Civil Veterinary Department. Madras. Admin. report 1926-33 - 1926-1933
Year: 1926
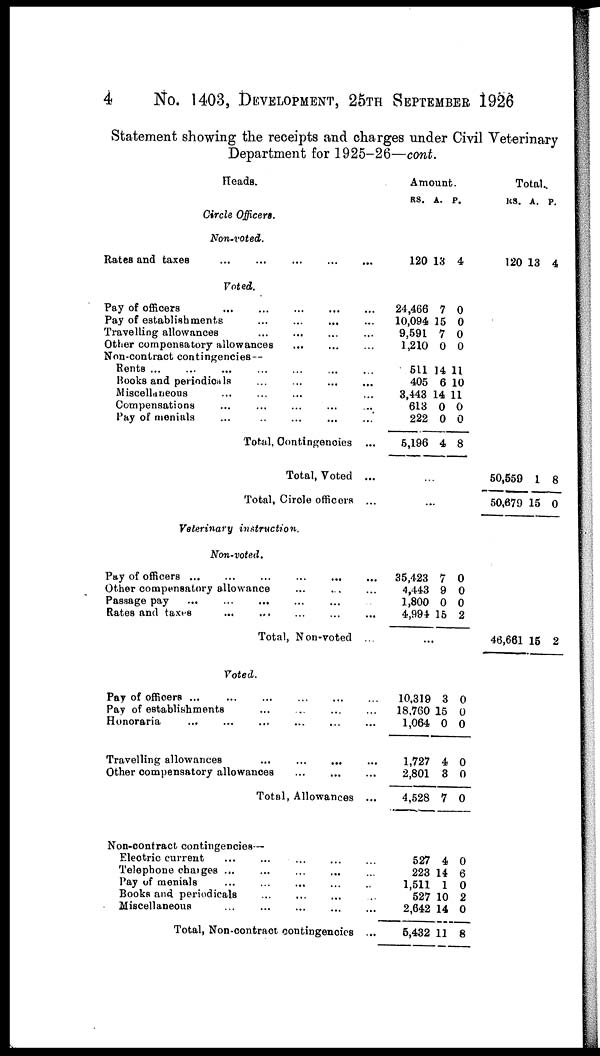
4
No. 1403, DEVELOPMENT, 25TH SEPTEMBER 1926
Statement showing the receipts and charges under Civil Veterinary
Department for 1925-26—cont.
Heads.
Circle Officers.
Non-voted.
Rates and taxes
...
...
...
...
Voted.
Pay of officers ... ... ... ...
Pay of establishments
...
...
...
Travelling allowances
...
...
...
Other compensatory allowances ... ... ...
Non-contract contingencies—
Bents
...
...
...
...
...
...
Books and
periodicals
...
...
Miscellaneous ... ... ...
Compensations ... ... ... ... ...
Pay of menials
...
..
...
Total, Contingencies ...
Total, Voted ...
Total, Circle officers ...
Veterinary instruction.
Non-voted.
Pay of officers ... ... ... ... ... ...
Other compensatory allowance
...
...
...
Passage pay ...
...
...
...
...
Rates and taxes
...
...
...
...
...
Total, Non-voted ...
Voted.
Pay of officers
...
...
...
...
...
Pay of establishments
...
...
...
...
...
Honoraria
...
...
...
...
...
...
Travelling allowances
...
...
...
...
Other compensatory allowances ... ... ...
Total, Allowances ...
Non-contract contingencies—
Electric current
...
...
...
...
...
Telephone charges
...
...
...
Pay of menials
...
...
...
...
...
Books and periodicals ... ... ... ...
Miscellaneous
...
...
...
...
...
Total, Non-contract contingencies ...
Amount.
RS.
120
24,466
10,094
9,591
1,210
511
405
3,443
613
222
5,196
A.
13
7
15
7
0
14
6
14
0
0
4
P.
4
0
0
0
0
11
10
11
0
0
8
...
85,423
4,443
1,800
4,994
7
9
0
15
0
0
0
2
...
10,319
18,760
1,064
1,727
2,801
4,528
527
223
1,511
527
2,642
5,432
3
15
0
4
8
7
4
14
1
10
14
11
0
0
0
0
0
0
0
6
0
2
0
8
Total.
RS.
120
50,559
50,679
46,661
A.
13
1
15
15
P.
4
8
0
2